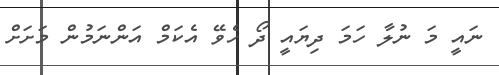
ނައީ މަ ނުލާ ހަމަ ދިޔައީ ދޯ ހެވޭ އެކަމް އަންނަމުން މަށަށް